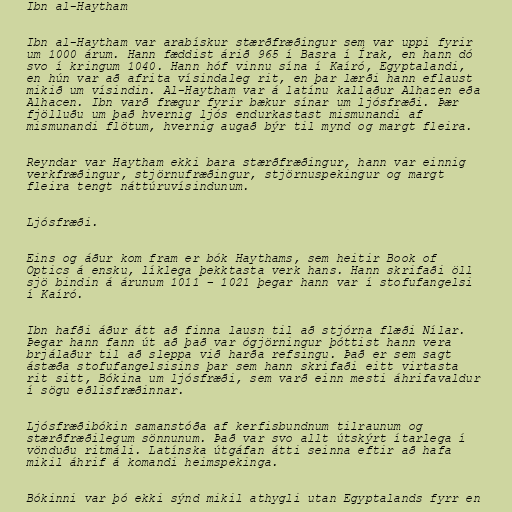
Ibn al-Haytham

Ibn al-Haytham var arabískur stærðfræðingur sem var uppi fyrir
um 1000 árum. Hann fæddist árið 965 í Basra í Írak, en hann dó
svo í kringum 1040. Hann hóf vinnu sína í Kaíró, Egyptalandi,
en hún var að afrita vísindaleg rit, en þar lærði hann eflaust
mikið um vísindin. Al-Haytham var á latínu kallaður Alhazen eða
Alhacen. Ibn varð frægur fyrir bækur sínar um ljósfræði. Þær
fjölluðu um það hvernig ljós endurkastast mismunandi af
mismunandi flötum, hvernig augað býr til mynd og margt fleira.

Reyndar var Haytham ekki bara stærðfræðingur, hann var einnig
verkfræðingur, stjörnufræðingur, stjörnuspekingur og margt
fleira tengt náttúruvísindunum.

Ljósfræði.

Eins og áður kom fram er bók Haythams, sem heitir Book of
Optics á ensku, líklega þekktasta verk hans. Hann skrifaði öll
sjö bindin á árunum 1011 – 1021 þegar hann var í stofufangelsi
í Kaíró.

Ibn hafði áður átt að finna lausn til að stjórna flæði Nílar.
Þegar hann fann út að það var ógjörningur þóttist hann vera
brjálaður til að sleppa við harða refsingu. Það er sem sagt
ástæða stofufangelsisins þar sem hann skrifaði eitt virtasta
rit sitt, Bókina um ljósfræði, sem varð einn mesti áhrifavaldur
í sögu eðlisfræðinnar.

Ljósfræðibókin samanstóða af kerfisbundnum tilraunum og
stærðfræðilegum sönnunum. Það var svo allt útskýrt ítarlega í
vönduðu ritmáli. Latínska útgáfan átti seinna eftir að hafa
mikil áhrif á komandi heimspekinga.

Bókinni var þó ekki sýnd mikil athygli utan Egyptalands fyrr en